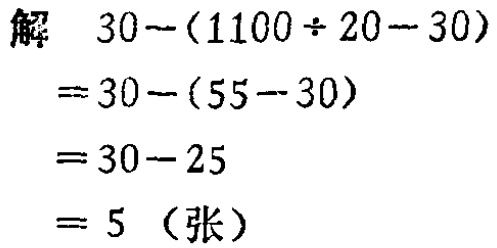
\[
\begin{align*}
&解\quad30-(1100\div20 - 30)\\
&=30-(55 - 30)\\
&=30 - 25\\
&=5\ (\text{张})
\end{align*}
\]